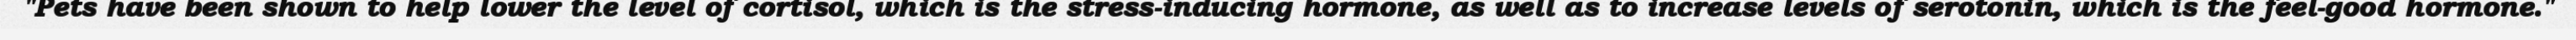
"Pets have been shown to help lower the level of cortisol, which is the stress-inducing hormone, as well as to increase levels of serotonin, which is the feel-good hormone."